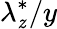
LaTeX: \lambda_{\mathit{z}}^{*}/y